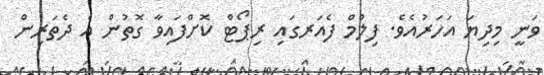
ވަނީ މިދިޔަ އަހަރުއެވެ. ފިލްމް ފެއަރގައި ރިޕޯޓް ކޮށްފައިވާ ގޮތުން އެ ދެތަރިން